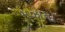
મઝાનો